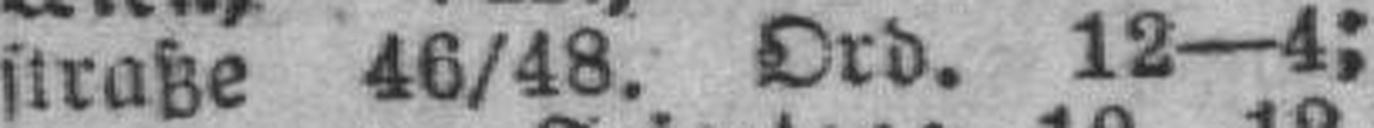
straße 46/48. Ord. 12—4;